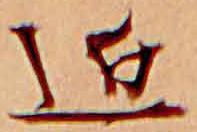
近